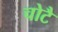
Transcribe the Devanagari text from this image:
चोटै